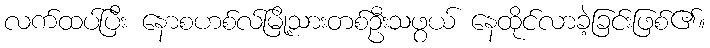
လက်ထပ်ပြီး နောစဟစ်လ်မြို့သားတစ်ဦးသဖွယ် နေထိုင်လာခဲ့ခြင်းဖြစ်၏။